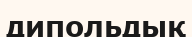
дипольдық